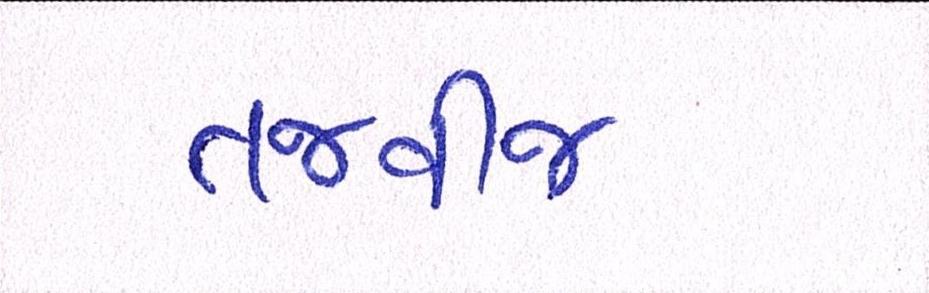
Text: તજવીજ